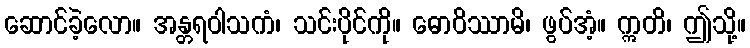
ဆောင်ခဲ့လော။ အန္တရဝါသကံ၊ သင်းပိုင်ကို။ ဓောဝိဿာမိ၊ ဖွပ်အံ့။ ဣတိ၊ ဤသို့။